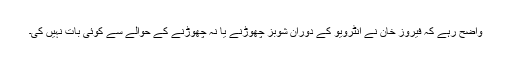
واضح رہے کہ فیروز خان نے انٹرویو کے دوران شوبز چھوڑنے یا نہ چھوڑنے کے حوالے سے کوئی بات نہیں کی۔